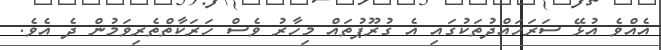
އެއްވެ އުޅޭ ސަރަހައްދުތަކުގައި އެ ގުރޫޕުތައް މިހާރު ވެސް ހަރަކާތްތެރިވަމުން ދެ އެވެ.